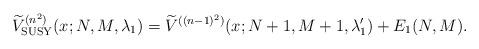
LaTeX: \begin{align*} \widetilde{V}_{\rm SUSY}^{(n^{2})}(x;N,M,\lambda _{1})=\widetilde{V} ^{( (n-1) ^{2}) }(x;N+1,M+1,\lambda _{1}^{\prime })+E_{1}(N,M) . \end{align*}